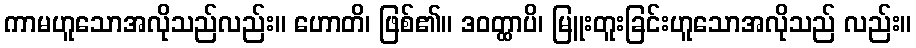
ကာမဟူသောအလိုသည်လည်း။ ဟောတိ၊ ဖြစ်၏။ ဒဝတ္ထာပိ၊ မြူးတူးခြင်းဟူသောအလိုသည် လည်း။